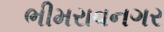
ભીમરાવનગર